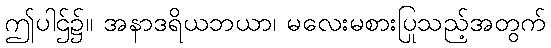
ဤပါဌ်၌။ အနာဒရိယဘယာ၊ မလေးမစားပြုသည့်အတွက်